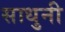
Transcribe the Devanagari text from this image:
साधुनी